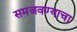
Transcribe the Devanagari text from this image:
समजवण्याचा